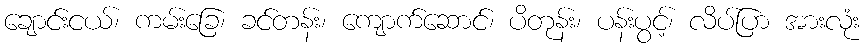
ချောင်းငယ်၊ ကမ်းခြေ၊ ခင်တန်း၊ ကျောက်ဆောင်၊ ပိတုန်း၊ ပန်းပွင့်၊ လိပ်ပြာ အားလုံး